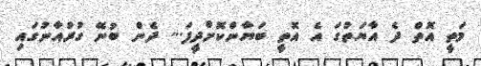
މަތީ އޮތް ދެ އާޔަތުގަ އެ އޮތީ ބަޔާންކޮށްދީފަ... ދެން ބުނޭ ގުރުއާނުގައި